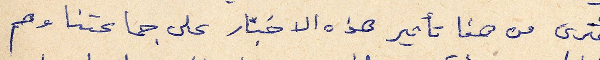
فترى من هنا تأثير هذه الاخبار على جماعتنا وهم